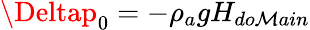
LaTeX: \Deltap_{0}=-\rho_{a}gH_{do\mathcal{M}ain}